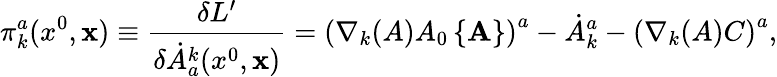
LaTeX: \pi_{k}^{a}(x^{0},{\mathbf x})\equiv\frac{\delta L^{\prime}}{\delta\dot{A}_{a}^{k}(x^{0},{\mathbf x})}=\left(\nabla_{k}(A)A_{0}\left\{ {\mathbf A}\right\} \right)^{a}-\dot{A}_{k}^{a}-\left(\nabla_{k}(A)C\right)^{a},